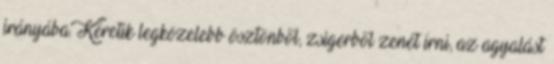
irányába. Kéretik legközelebb ösztönből, zsigerből zenét írni, az agyalást